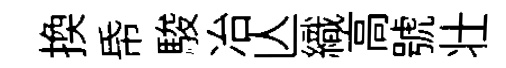
换帋駿冶亾織高號壮